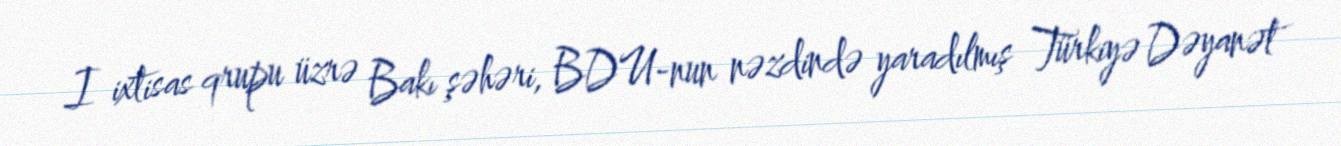
I ixtisas qrupu üzrə Bakı şəhəri, BDU-nun nəzdində yaradılmış Türkiyə Dəyanət